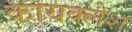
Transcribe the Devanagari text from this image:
कायक्लेश